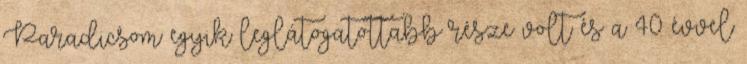
Paradicsom egyik leglátogatottabb része volt és a 40 évvel